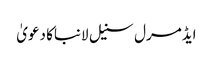
ایڈمرل سنیل لانباکا دعویٰ